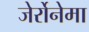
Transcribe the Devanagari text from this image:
जेर्रोनेमा